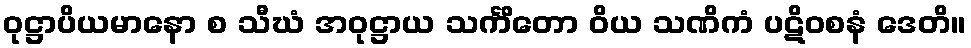
ဝုဋ္ဌာပိယမာနော စ သီဃံ အဝုဋ္ဌာယ သင်္ကိတော ဝိယ သဏိကံ ပဋိဝစနံ ဒေတိ။